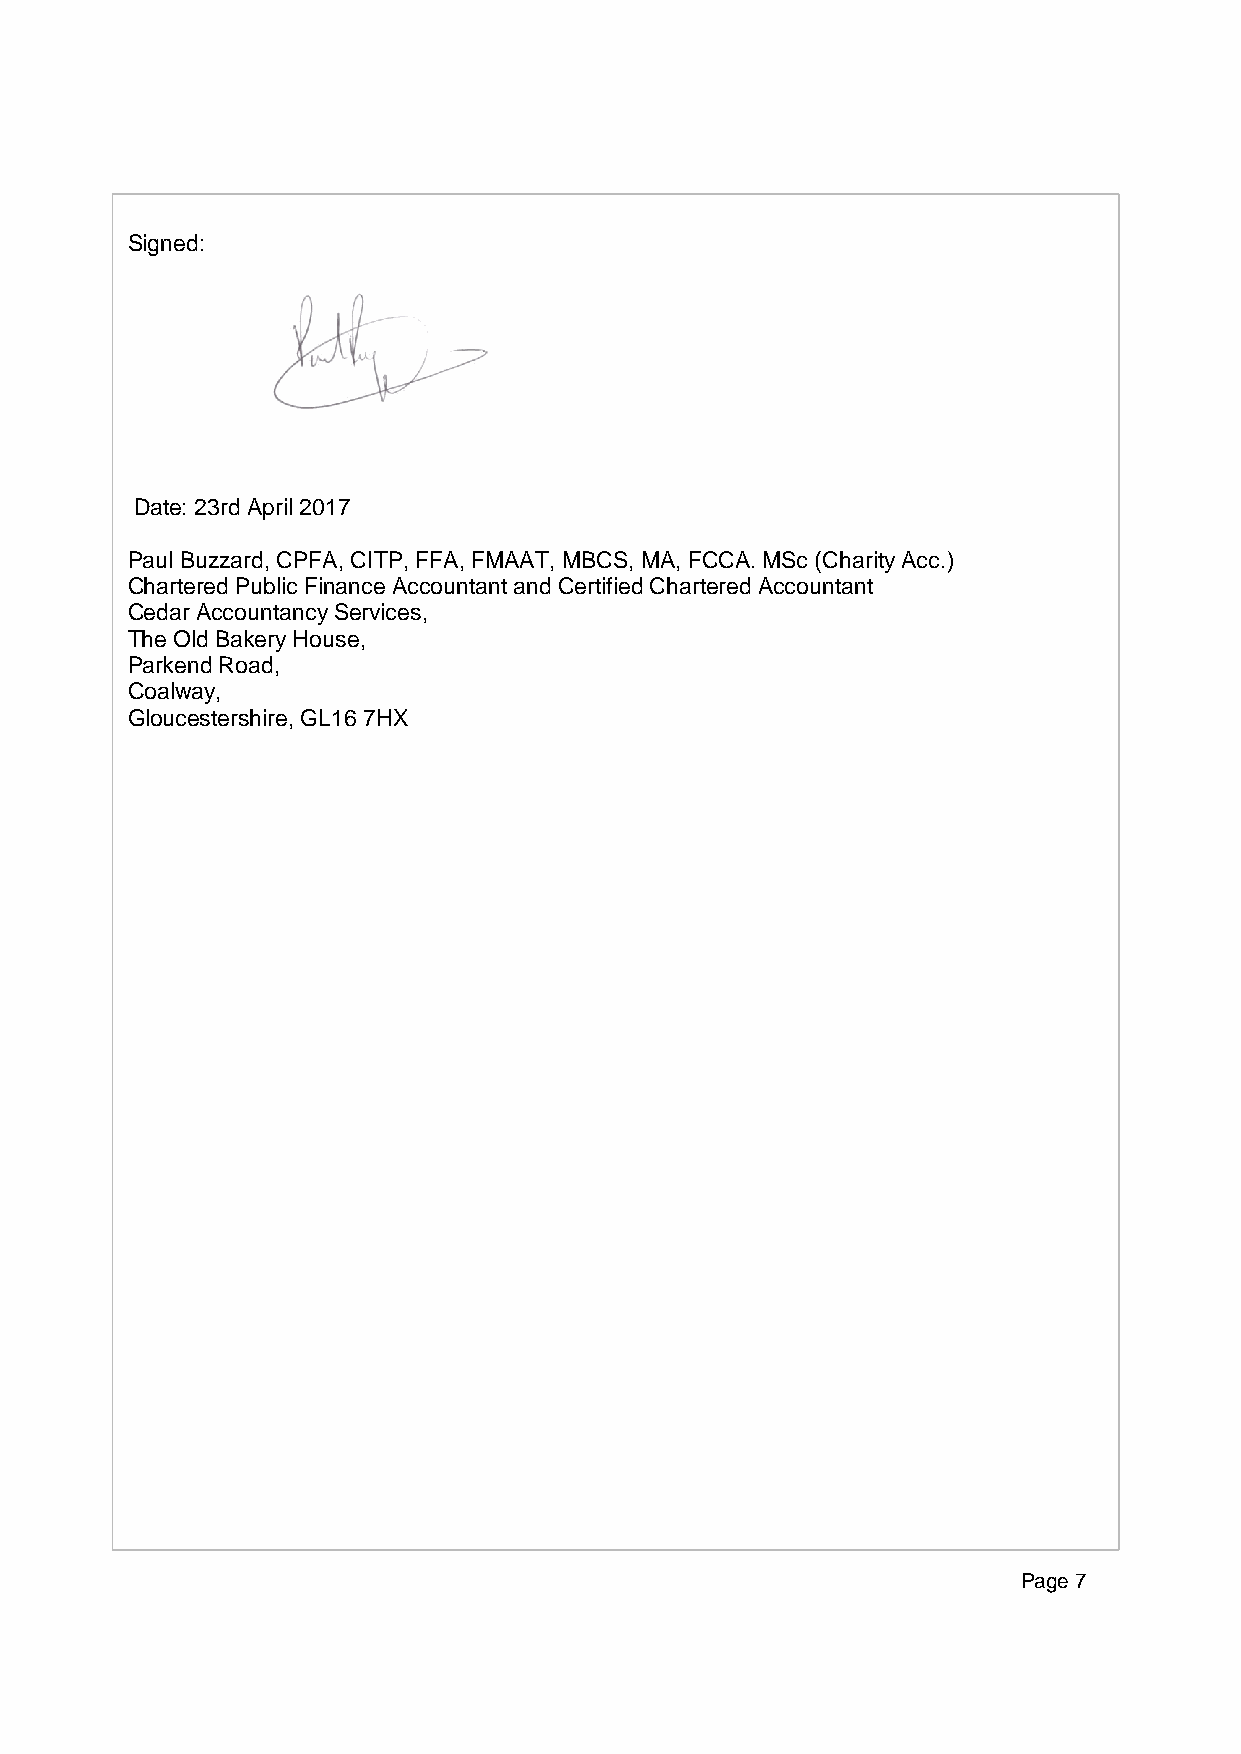
Signed:
 Date: 23rd April 2017
 Paul Buzzard, CPFA, CITP, FFA, FMAAT, MBCS, MA, FCCA. MSc (Charity Acc.)
 Chartered Public Finance Accountant and Certified Chartered Accountant
 Cedar Accountancy Services,
 The Old Bakery House,
 Parkend Road,
 Coalway,
 Gloucestershire, GL16 7HX
 Page 7
 Page 7